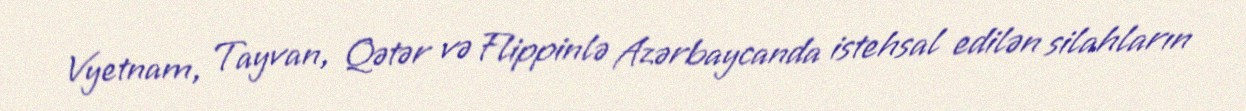
Vyetnam, Tayvan, Qətər və Flippinlə Azərbaycanda istehsal edilən silahların